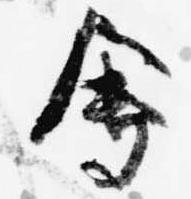
会